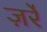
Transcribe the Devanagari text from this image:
ज़र्रे